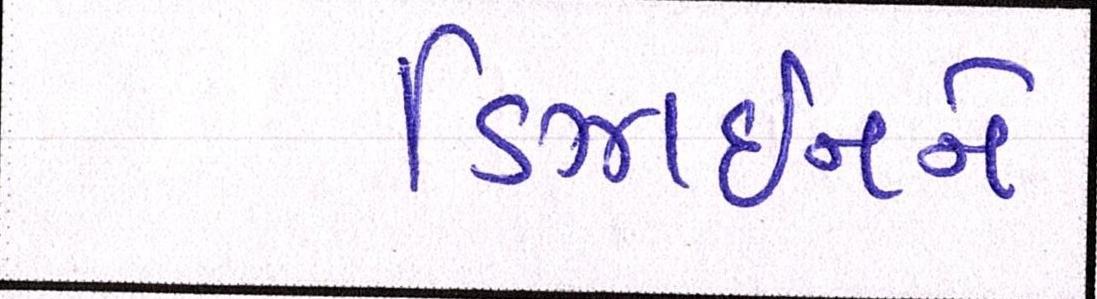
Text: ડિઝાઈનને